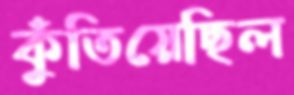
কুঁতিয়েছিল